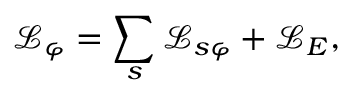
\mathcal { L } _ { \varphi } = \sum _ { s } \mathcal { L } _ { s \varphi } + \mathcal { L } _ { E } ,